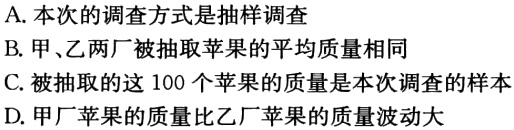
A. 本次的调查方式是抽样调查
B. 甲、乙两厂被抽取苹果的平均质量相同
C. 被抽取的这 100 个苹果的质量是本次调查的样本
D. 甲厂苹果的质量比乙厂苹果的质量波动大